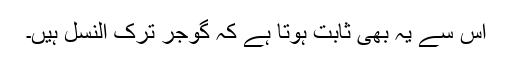
اس سے یہ بھی ثابت ہوتا ہے کہ گوجر ترک النسل ہیں۔